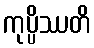
ကုပ္ပိဿတိ